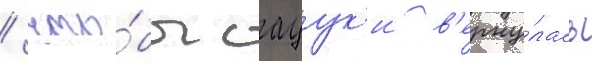
/ что́бы сацук'и в'ерну́лась